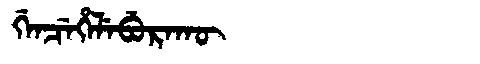
Manchu: ᡤᡝᠨᠴᡝᡥᡝᠯᡝᠪᡠᡵᠠᡴᡡ
Romanization: GENCEHELEBURAKŪ